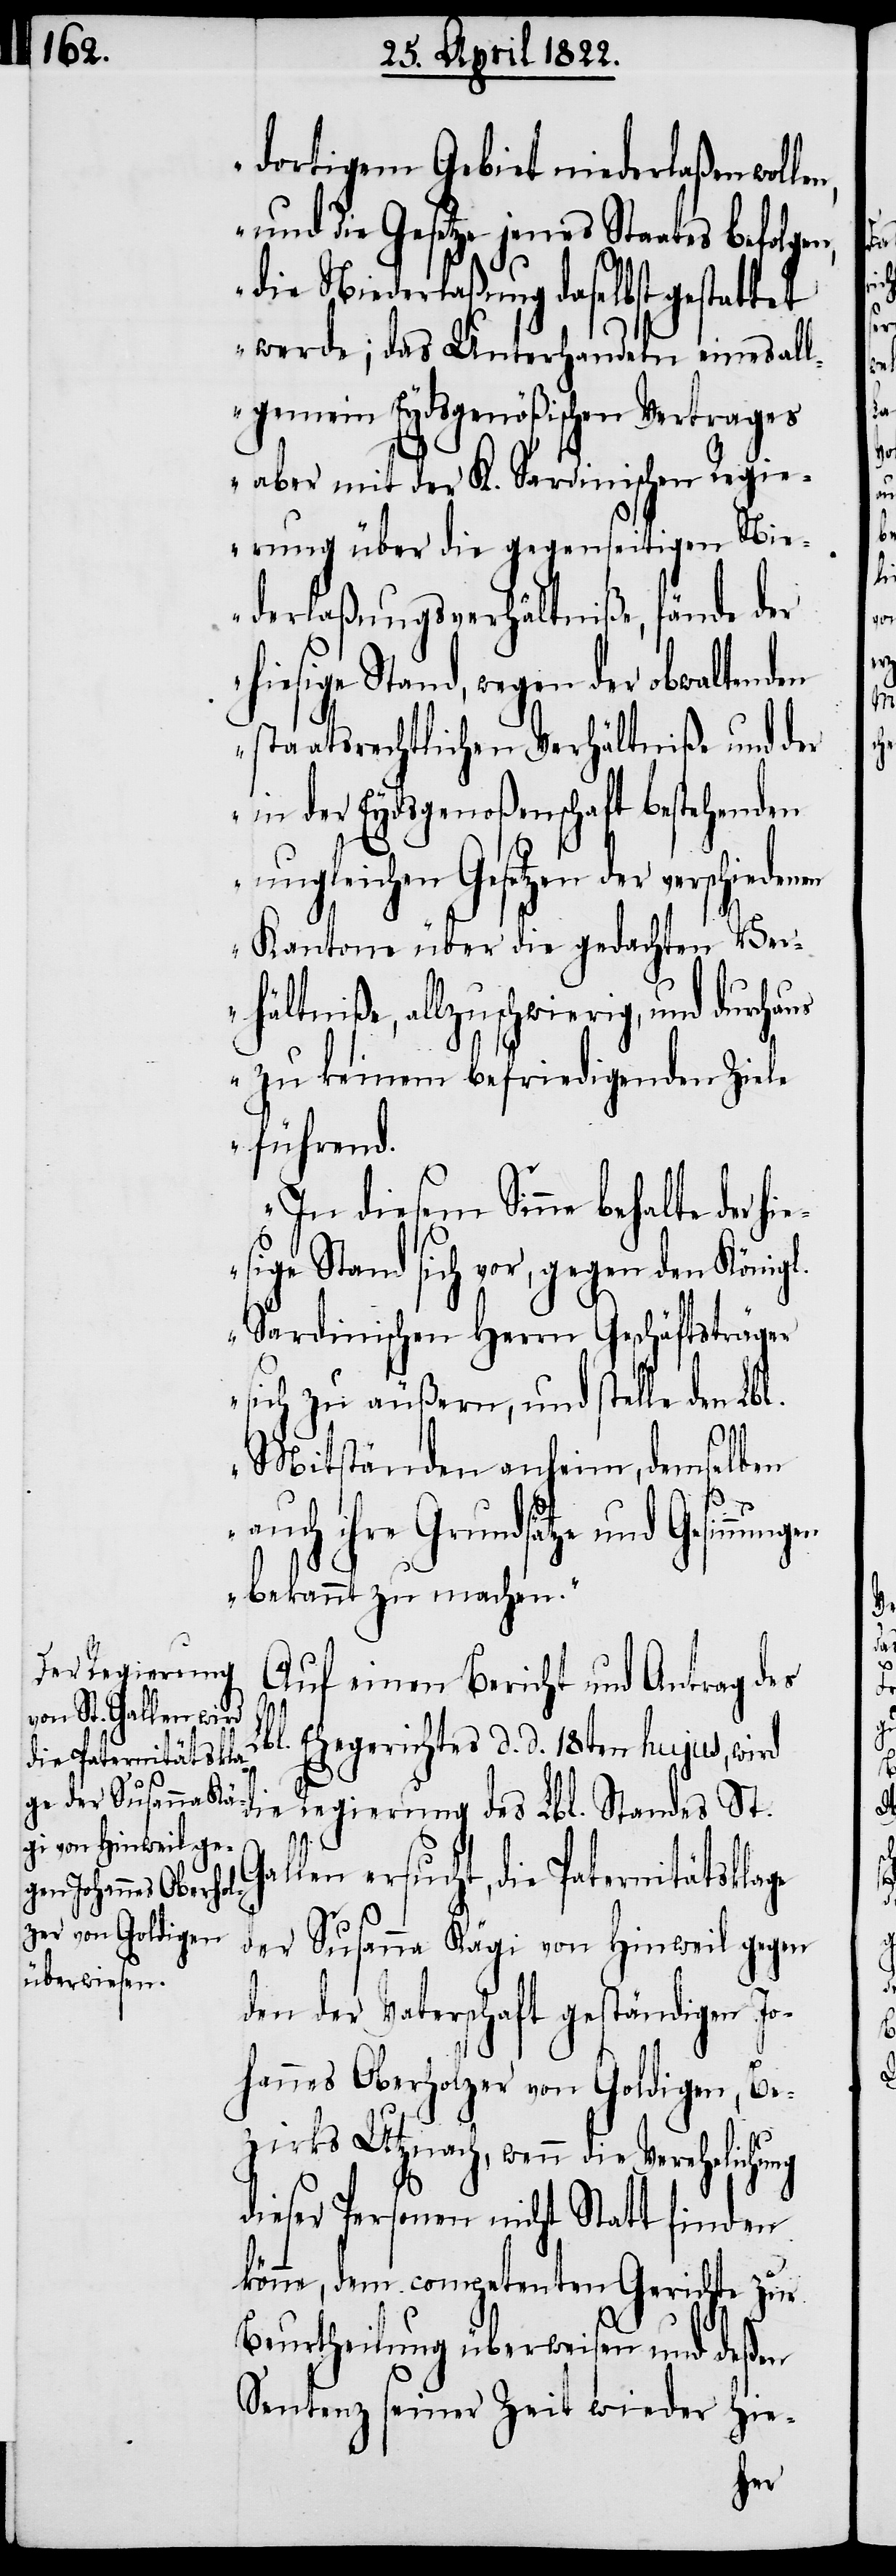
dortigem Gebiet niederlaßen wol¬
und die Gesetze jenes Staates befolgen,
ng
die Niederlaßung daselbst gestattet
werde; das Unterhandeln eines al¬
lgemein Eydsgenößischen Vertrages
aber mit der K. Sardinischen Regie¬
rung über die gegenseitigen Ni¬
ederlaßungsverhältniße, fände der
hiesige Stand, wegen der obwaltenden
staatsrechtlichen Verhältniße und der
in der Eydsgenoßenschaft bestehenden
ungleichen Gesetzen der verschieden¬
Kantone über die gedachten Ver¬
hältniße, allzuschwierig, und durcha¬
us zu keinem befriedigenden Ziel¬
e führend.
In diesem Sinne behalte der hi¬
esige Stand sich vor, gegen den Königl.
Sardinischen Herrn Geschäftsträger
sich zu äußern, und stelle den Lb¬
St.
Mitständen anheim, demselben
auch ihre Grundsätze und Gesinnu¬
bekannt zu machen.“
die Regierung
Auf einen Bericht und Antrag des
bl. Ehegerichtes d. d. 18ten hujus, wird
Gallen ersucht, die Paternitätsklage
der Susanna Kägi von Hinweil gegen
den der Vaterschaft geständigen Jo¬
hannes Oberholzer von Goldigen, Be¬
zirks Utznach, wenn die Verehelichu¬
dieser Personen nicht Statt finden
könne, dem competenten Gericht zu
Beurtheilung überweisen und deßen
Sentenz seiner Zeit wieder hie-
ngen